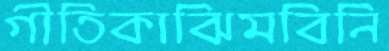
গীতিকাঝিমবিনি